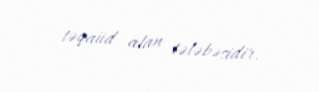
təqaüd alan tələbəsidir.